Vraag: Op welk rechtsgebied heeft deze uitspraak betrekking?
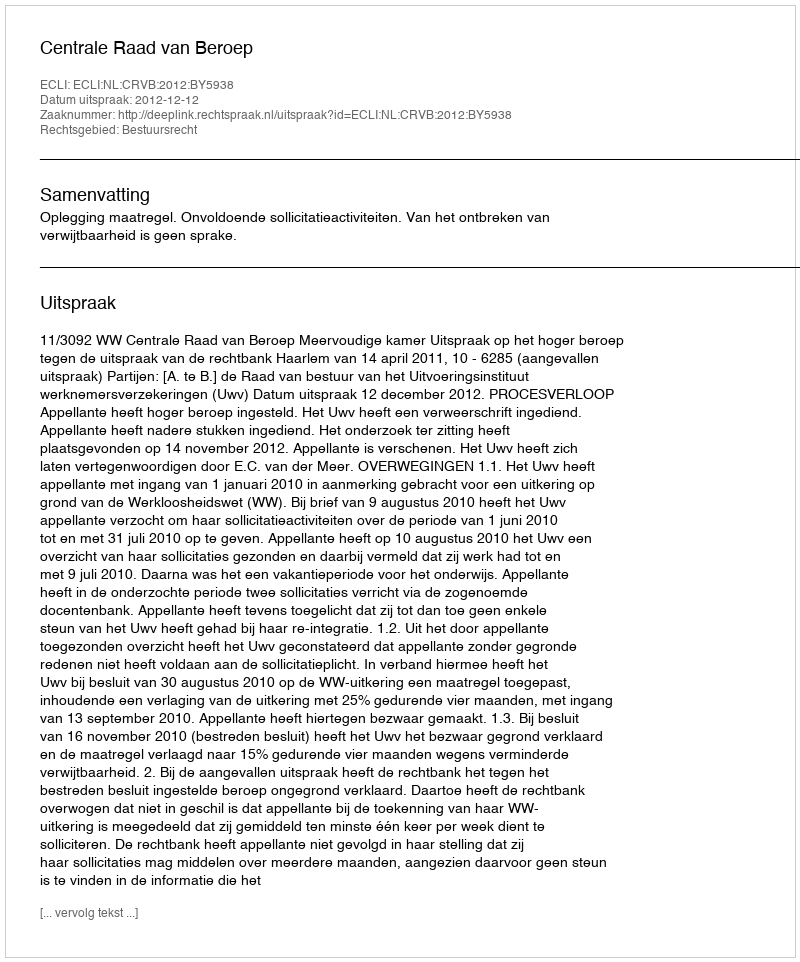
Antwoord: Bestuursrecht